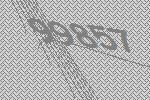
99857